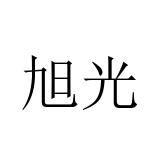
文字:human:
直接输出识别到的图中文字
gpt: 旭光